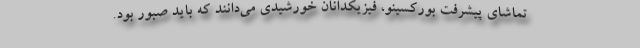
تماشای پیشرفت بورکسینو، فیزیکدانان خورشیدی می‌دانند که باید صبور بود.